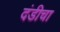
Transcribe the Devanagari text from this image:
दंडीचा